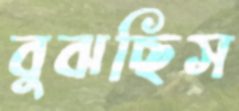
বুঝছিস